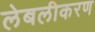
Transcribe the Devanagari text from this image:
लेबलीकरण